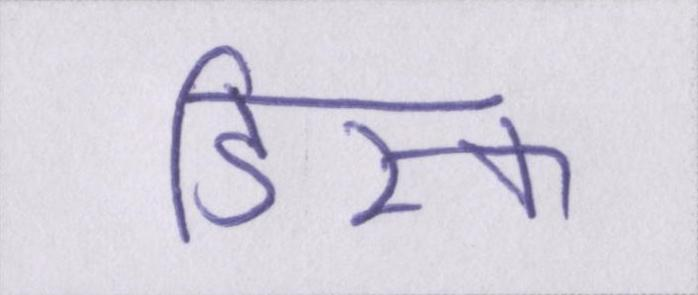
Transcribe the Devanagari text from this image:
डिस्क